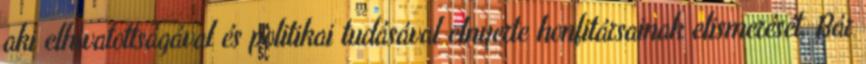
aki elhivatottságával és politikai tudásával elnyerte honfitársainak elismerését. Bár